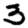
Digit: 3